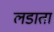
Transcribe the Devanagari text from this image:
लडाता